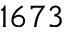
1 6 7 3